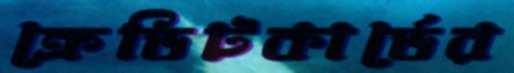
ক্রেডিটকার্ডের